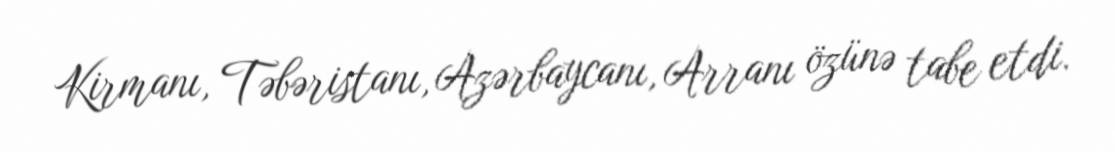
Kirmanı, Təbəristanı, Azərbaycanı, Arranı özünə tabe etdi.